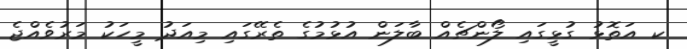
ކ އަތޮޅު ގުޅީގައި ލޯންޗެއް ބާލަން އުޅުމުގެ ތެރޭގައި މިއަދު މީހަކު މަރުވެއްޖެ